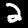
Label: 2